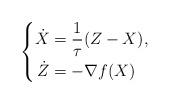
LaTeX: \begin{align*} \left\{ \begin{aligned} \dot{X} &= \frac{1}{\tau} (Z - X),\\ \dot{Z} &= -\nabla f(X) \end{aligned} \right.\end{align*}